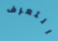
التعرف